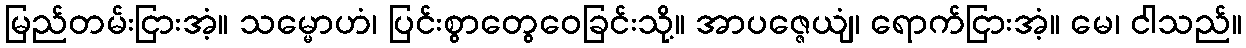
မြည်တမ်းငြားအံ့။ သမ္မောဟံ၊ ပြင်းစွာတွေဝေခြင်းသို့။ အာပဇ္ဇေယျံ၊ ရောက်ငြားအံ့။ မေ၊ ငါသည်။